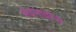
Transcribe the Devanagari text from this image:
भेदभावांना